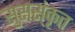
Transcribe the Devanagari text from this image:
सुसस्ंकृत